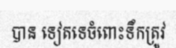
បាន ទៀតទេចំពោះទឹកត្រូវ